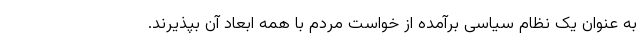
به عنوان یک نظام سیاسی برآمده از خواست مردم با همه ابعاد آن بپذیرند.